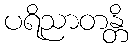
ပရိညာတန္တိ